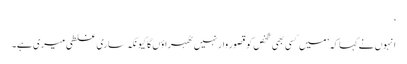
‘
انہوں نے کہا کہ ’میں کسی بھی شخص کو قصور وار نہیں ٹھہراؤں گا کیونکہ ساری غلطی میری ہے۔